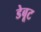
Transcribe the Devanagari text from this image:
डेबूट